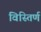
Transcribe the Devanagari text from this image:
विस्तिर्ण